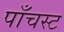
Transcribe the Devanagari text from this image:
पाँचस्ट